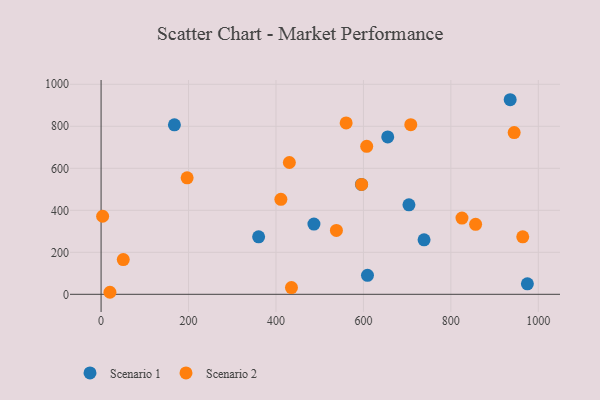
{"axis": {"x": "Price", "y": "Fuel Efficiency"}, "legend": ["Scenario 1", "Scenario 2"], "data": [{"x": "935.7", "y": 926.5, "type": "Scenario 1"}, {"x": "704.1", "y": 426.0, "type": "Scenario 1"}, {"x": "975.0", "y": 49.9, "type": "Scenario 1"}, {"x": "486.8", "y": 334.3, "type": "Scenario 1"}, {"x": "609.3", "y": 90.3, "type": "Scenario 1"}, {"x": "595.5", "y": 523.3, "type": "Scenario 1"}, {"x": "738.7", "y": 259.5, "type": "Scenario 1"}, {"x": "655.6", "y": 749.2, "type": "Scenario 1"}, {"x": "360.3", "y": 273.7, "type": "Scenario 1"}, {"x": "167.7", "y": 807.2, "type": "Scenario 1"}, {"x": "411.2", "y": 452.4, "type": "Scenario 2"}, {"x": "538.2", "y": 304.2, "type": "Scenario 2"}, {"x": "560.5", "y": 816.1, "type": "Scenario 2"}, {"x": "964.4", "y": 273.6, "type": "Scenario 2"}, {"x": "196.8", "y": 554.5, "type": "Scenario 2"}, {"x": "944.8", "y": 770.3, "type": "Scenario 2"}, {"x": "825.4", "y": 363.2, "type": "Scenario 2"}, {"x": "856.6", "y": 333.2, "type": "Scenario 2"}, {"x": "607.5", "y": 704.5, "type": "Scenario 2"}, {"x": "435.4", "y": 32.1, "type": "Scenario 2"}, {"x": "596.0", "y": 523.3, "type": "Scenario 2"}, {"x": "50.7", "y": 165.4, "type": "Scenario 2"}, {"x": "708.3", "y": 807.9, "type": "Scenario 2"}, {"x": "3.5", "y": 371.7, "type": "Scenario 2"}, {"x": "430.6", "y": 627.7, "type": "Scenario 2"}, {"x": "20.2", "y": 9.7, "type": "Scenario 2"}]}